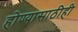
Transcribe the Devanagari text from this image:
होण्यासाठीही